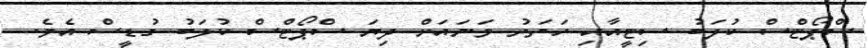
ސްޕޯޓްސް ކުލަބު ސިޓީއާއި ހަތަރު ވަނައަށް ދިޔަ ސްޕޯޓްސް ކުލަބު ގުޑީސް އެވެ.